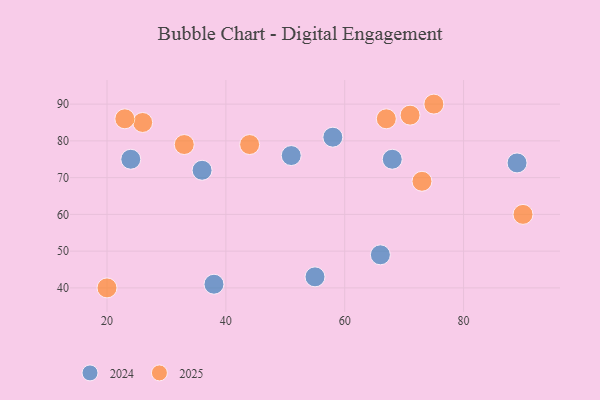
{"axis": {"x": "GDP", "y": "Life Expectancy"}, "legend": ["2024", "2025"], "data": [{"x": "20", "y": 40, "type": "2025"}, {"x": "26", "y": 85, "type": "2025"}, {"x": "44", "y": 79, "type": "2025"}, {"x": "75", "y": 90, "type": "2025"}, {"x": "23", "y": 86, "type": "2025"}, {"x": "73", "y": 69, "type": "2025"}, {"x": "90", "y": 60, "type": "2025"}, {"x": "33", "y": 79, "type": "2025"}, {"x": "71", "y": 87, "type": "2025"}, {"x": "67", "y": 86, "type": "2025"}, {"x": "36", "y": 72, "type": "2024"}, {"x": "38", "y": 41, "type": "2024"}, {"x": "68", "y": 75, "type": "2024"}, {"x": "51", "y": 76, "type": "2024"}, {"x": "55", "y": 43, "type": "2024"}, {"x": "66", "y": 49, "type": "2024"}, {"x": "24", "y": 75, "type": "2024"}, {"x": "89", "y": 74, "type": "2024"}, {"x": "58", "y": 81, "type": "2024"}]}